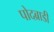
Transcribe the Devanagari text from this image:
पोदब्राडी